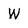
Character: W